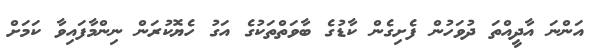
އަންނަ އާދީއްތަ ދުވަހުން ފެށިގެން ކާޑުގެ ބާވަތްތަކުގެ އަގު ހެޔޮކުރަން ނިންމާފައިވާ ކަމަށް